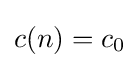
{\textstyle c(n)=c_{0}}